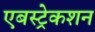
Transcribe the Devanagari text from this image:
एबस्ट्रेकशन